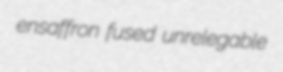
ensaffron fused unrelegable